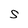
Character: S